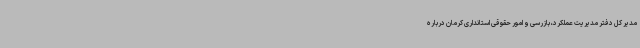
مدیر کل دفتر مدیریت عملکرد، بازرسی و امور حقوقی استانداری کرمان درباره